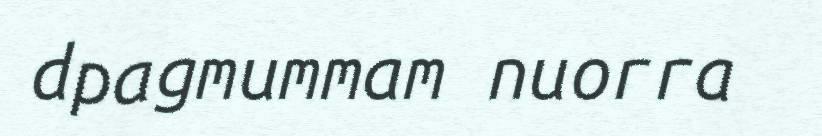
dpagmummam nuorra